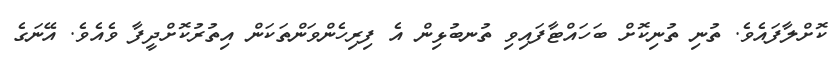
ކޮށްލާފައެވެ. ތުނި ތުނިކޮށް ބަހައްޓާފަައިވި ތުނބުޅިން އެ ފިރިހެންވަންތަކަން އިތުރުކޮށްދީފާ ވެއެވެ. އޭނަގެ